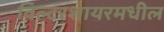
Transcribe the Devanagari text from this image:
विल्टरशायरमधील